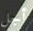
أجل